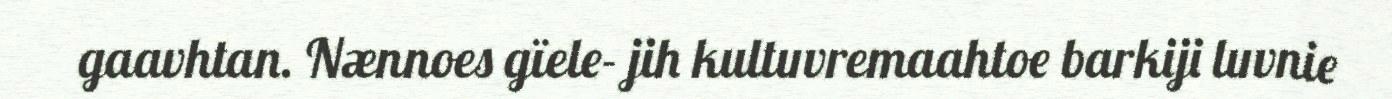
gaavhtan. Nænnoes gïele- jih kultuvremaahtoe barkiji luvnie